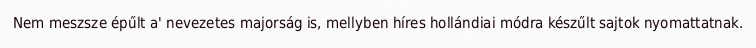
Nem meszsze épűlt a' nevezetes majorság is, mellyben híres hollándiai módra készűlt sajtok nyomattatnak.